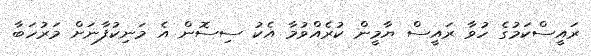
ރައީީސްކަމުގެ ހުވާ ރައީސް ޔާމީން ކުރެއްވުމާ އެކު ސިސޮން އެ މަނިކުފާނަށް މަރުހަބާ